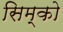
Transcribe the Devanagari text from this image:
सिम्को